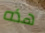
هذه